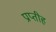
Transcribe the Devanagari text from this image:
प्राप्तीह